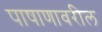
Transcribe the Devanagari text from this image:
पाषाणावरील